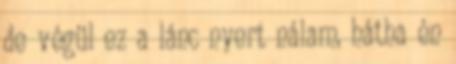
de végül ez a lánc nyert nálam, hátha én